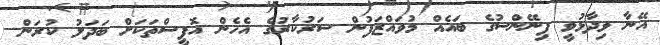
އޭނާ ވިދާޅުވީ ފިނޭންސުގެ ބައެއް މުވައްޒަފުން ސަރުކާރުގެ އެހެން އޮފީސްތަކަށް ބަދަލު ކުރަން